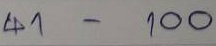
41 - 100